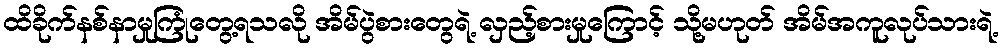
ထိခိုက်နစ်နာမှုကြုံတွေ့ရသလို အိမ်ပွဲစားတွေရဲ့ လှည့်စားမှုကြောင့် သို့မဟုတ် အိမ်အကူလုပ်သားရဲ့